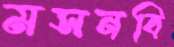
মসনবি